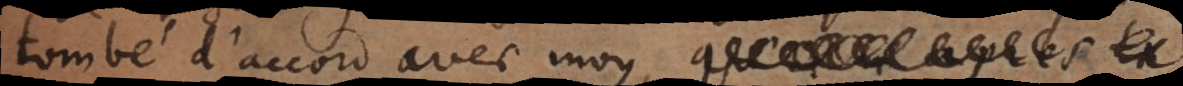
tombé d’accord avec mo